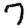
Digit: 7